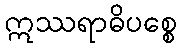
ဣဿရာဓိပစ္စေ